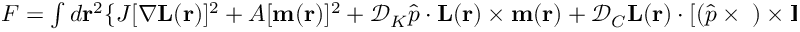
\begin{array} { r } { F = \int { d { \bf { r } } ^ { 2 } } \{ J [ \nabla { \bf { L } } ( { \bf { r } } ) ] ^ { 2 } + A [ { \bf { m } } ( { \bf { r } } ) ] ^ { 2 } + \mathcal { D } _ { K } \hat { p } \cdot { \bf { L } } ( { \bf { r } } ) \times { \bf { m } } ( { \bf { r } } ) + \mathcal { D } _ { C } { \bf { L } } ( { \bf { r } } ) \cdot [ ( \hat { p } \times { \bf { \nabla } } ) \times { \bf { L } } ( \bf { r } ) ] \} , } \end{array}